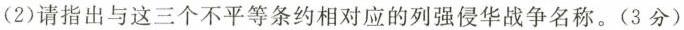
(2)请指出与这三个不平等条约相对应的列强侵华战争名称。(3分)